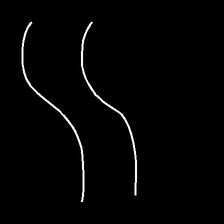
Glyph: float